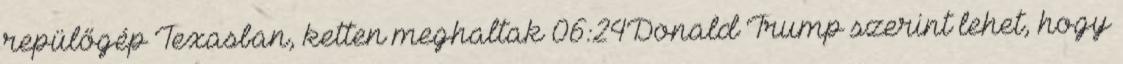
repülőgép Texasban, ketten meghaltak 06:24Donald Trump szerint lehet, hogy